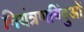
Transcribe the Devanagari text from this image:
नियंत्रणबिंदुओं